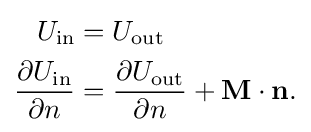
{\begin{aligned}U_{\text{in}}&=U_{\text{out}}\\{\frac {\partial U_{\text{in}}}{\partial n}}&={\frac {\partial U_{\text{out}}}{\partial n}}+\mathbf {M} \cdot \mathbf {n} .\end{aligned}}